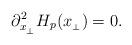
LaTeX: \begin{align*} \partial_{x_{_\perp}}^2 H_p(x_{_\perp})=0.\end{align*}